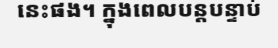
នេះផង។ ក្នុងពេលបន្តបន្ទាប់